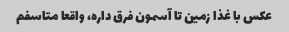
عکس با غذا زمین تا آسمون فرق داره، واقعا متاسفم